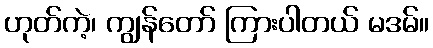
ဟုတ်ကဲ့၊ ကျွန်တော် ကြားပါတယ် မဒမ်။